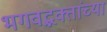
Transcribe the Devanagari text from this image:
भगवद्भक्तांच्या